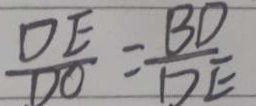
\frac { D E } { D O } = \frac { B D } { D E }